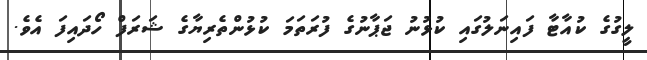
ލީގުގެ ކުއާޓާ ފައިނަލުގައި ކުޅުނު ޖަޕާނުގެ ފުރަތަމަ ކުޅުންތެރިޔާގެ ޝަރަފް ހޯދައިފަ އެވެ.